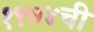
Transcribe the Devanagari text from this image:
१९७४ची